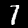
Label: 7